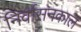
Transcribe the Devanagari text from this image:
निर्वासनकाल